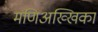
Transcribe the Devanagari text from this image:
मणिअख्खिका